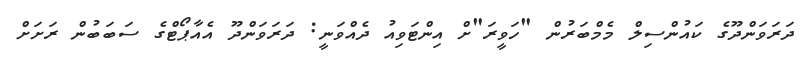
ދަރަވަންދޫގެ ކައުންސިލް މެމްބަރުން "ހަވީރަ"ށް އިންޓަވިއު ދެއްވަނީ: ދަރަވަންދޫ އެއާޕޯޓްގެ ސަބަބުން ރަށަށް